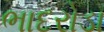
ભાદરોડા